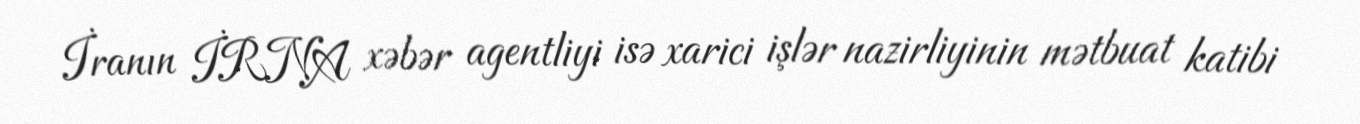
İranın İRNA xəbər agentliyi isə xarici işlər nazirliyinin mətbuat katibi